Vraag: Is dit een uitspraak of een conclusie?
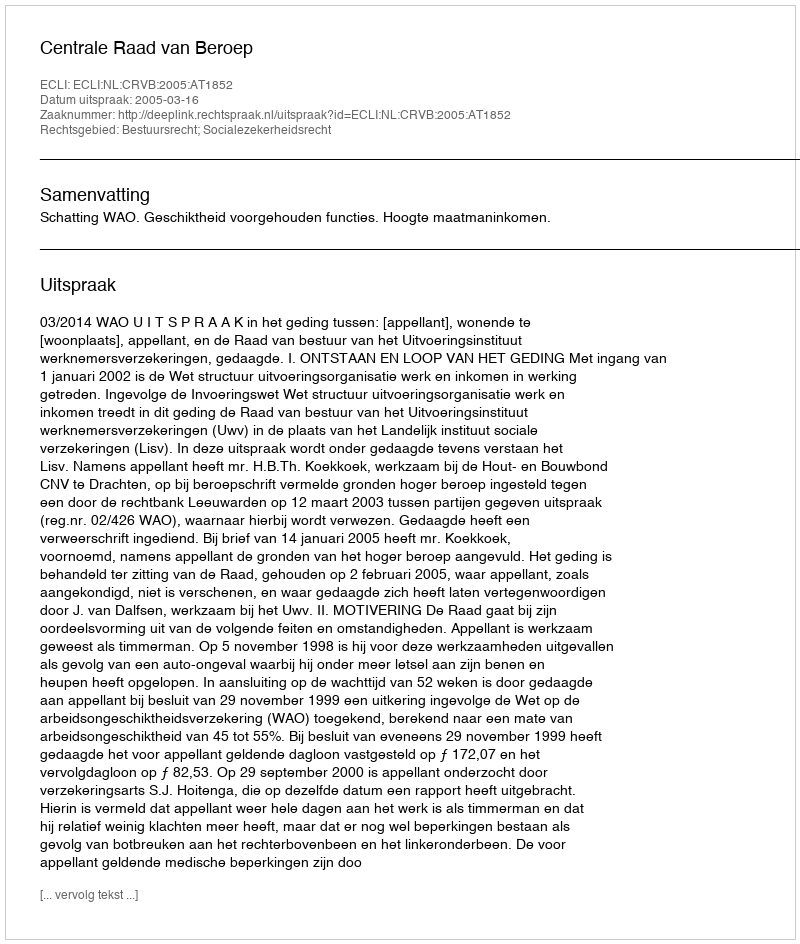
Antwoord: Uitspraak